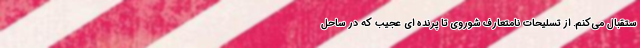
ستقبال می‌کنم. از تسلیحات نامتعارف شوروی تا پرنده ای عجیب که در ساحل